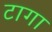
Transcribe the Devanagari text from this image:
टागा